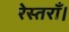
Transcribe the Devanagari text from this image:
रेस्तराँ।